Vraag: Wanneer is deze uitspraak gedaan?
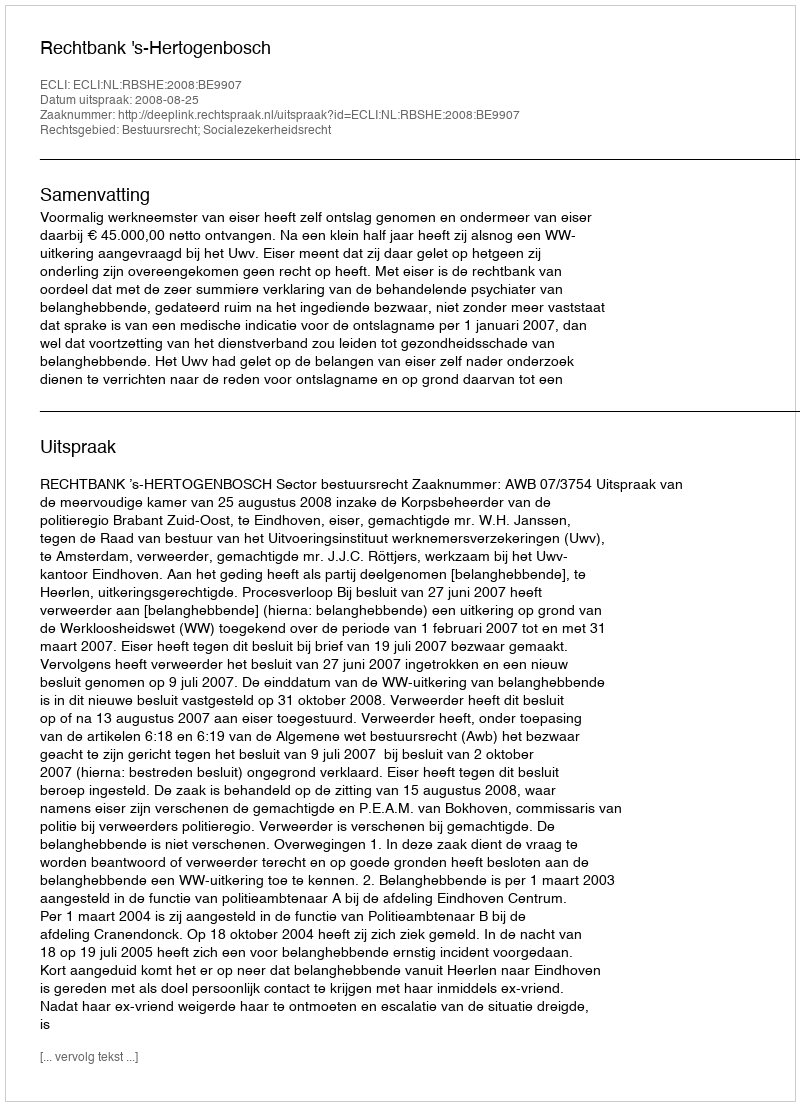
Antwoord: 2008-08-25